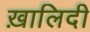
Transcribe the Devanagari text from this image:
ख़ालिदी